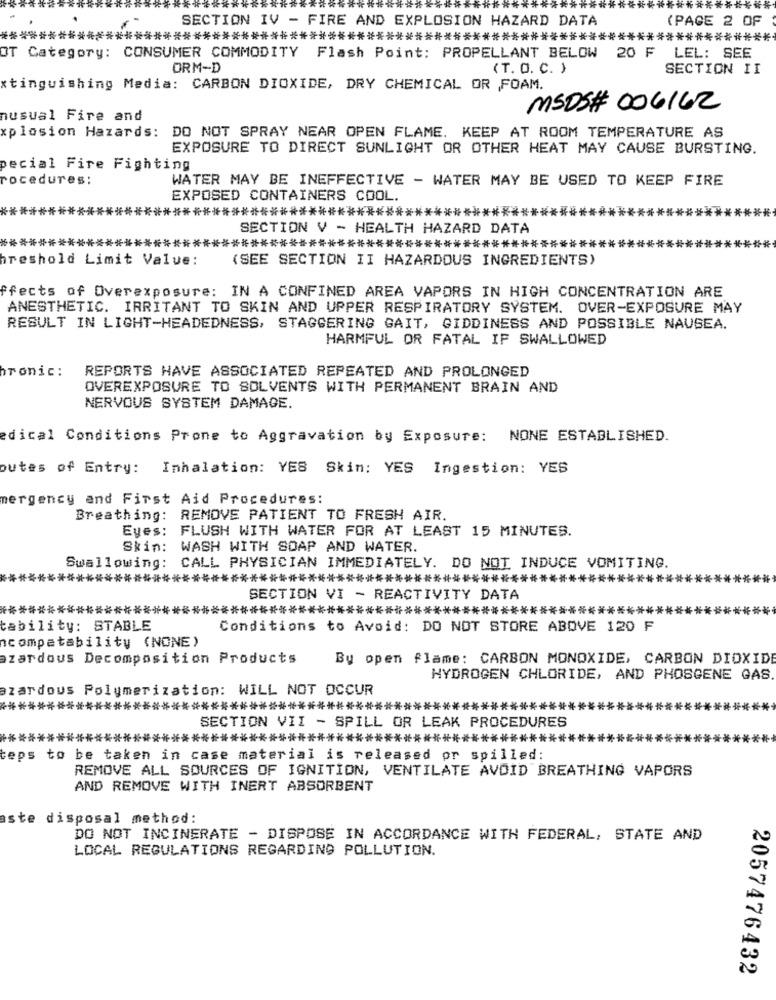
******
SECTION IV - FIRE AND EXPLOSION HAZARD DATA
(PAGE 2 OF
*********************************************************************************
OT Category: CONSUMER COMMODITY Flash Point: PROPELLANT BELOW 20 F LEL: SEE
ORM-D
(T. O. C. )
SECTION II
xtinguishing Media: CARBON DIOXIDE, DRY CHEMICAL OR FOAM.
MSDS# 006162
nusual Fire and
xplosion Hazards: DO NOT SPRAY NEAR OPEN FLAME. KEEP AT ROOM TEMPERATURE AS
EXPOSURE TO DIRECT SUNLIGHT OR OTHER HEAT MAY CAUSE BURSTING.
pecial Fire Fighting
rocedures:
WATER MAY BE INEFFECTIVE - WATER MAY BE USED TO KEEP FIRE
EXPOSED CONTAINERS COOL.
****************************************
SECTION V - HEALTH HAZARD DATA
***********************************************************************
hreshold Limit Value:
(SEE SECTION II HAZARDOUS INGREDIENTS)
ffects of Overexposure: IN A CONFINED AREA VAPORS IN HIGH CONCENTRATION ARE
ANESTHETIC. IRRITANT TO SKIN AND UPPER RESPIRATORY SYSTEM. OVER-EXPOSURE MAY
RESULT IN LIGHT-HEADEDNESS, STAGGERING GAIT, GIDDINESS AND POSSIBLE NAUSEA.
HARMFUL OR FATAL IF SWALLOWED
REPORTS HAVE ASSOCIATED REPEATED AND PROLONGED
ronic:
OVEREXPOSURE TO SOLVENTS WITH PERMANENT BRAIN AND
NERVOUS SYSTEM DAMAGE.
edical Conditions Prone to Aggravation by Exposure: NONE ESTABLISHED.
outes of Entry: Inhalation: YES Skin: YES Ingestion: YES
mergency and First Aid Procedures:
Breathing: REMOVE PATIENT TO FRESH AIR.
Eyes: FLUSH WITH WATER FOR AT LEAST 15 MINUTES.
Skin: WASH WITH SOAP AND WATER.
Swallowing: CALL PHYSICIAN IMMEDIATELY. DO NOT INDUCE VOMITING.
********************************************************************
SECTION VI - REACTIVITY DATA
***********************************************************************
tability: STABLE
Conditions to Avoid: DO NOT STORE ABOVE 120 F
ncompatability (NONE)
zardous Decomposition Products
By open flame: CARBON MONOXIDE, CARBON DIOXIDE
HYDROGEN CHLORIDE, AND PHOSGENE GAS
azardous Polymerization: WILL NOT OCCUR
********************************************
SECTION VII - SPILL OR LEAK PROCEDURES
*******
**************************************************************
teps to be taken in case material is released pr spilled:
REMOVE ALL SOURCES OF IGNITION, VENTILATE AVOID BREATHING VAPORS
AND REMOVE WITH INERT ABSORBENT
ste disposal method:
DO NOT INCINERATE - DISPOSE IN ACCORDANCE WITH FEDERAL, STATE AND
LOCAL REGULATIONS REGARDING POLLUTION.
2057476432